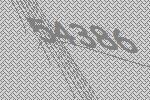
54386